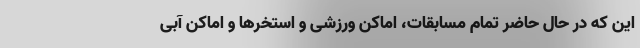
این که در حال حاضر تمام مسابقات، اماکن ورزشی و استخرها و اماکن آبی